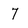
Character: 7